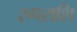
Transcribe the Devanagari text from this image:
रुपराशि